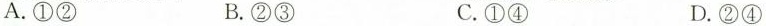
A.①② B.②③ C.①④ D.②④